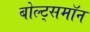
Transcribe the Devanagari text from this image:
बोल्ट्समॉन